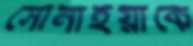
সোনাইয়াকে